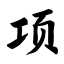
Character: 项